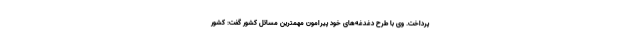
پرداخت. وی با طرح دغدغه‌های خود پیرامون مهمترین مسائل کشور گفت: کشور